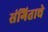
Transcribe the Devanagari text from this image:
संगिताचे